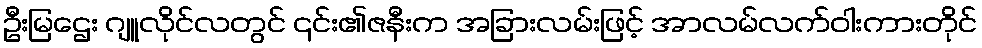
ဦးမြဌေး ဂျူလိုင်လတွင် ၎င်း၏ဇနီးက အခြားလမ်းဖြင့် အာလမ်လက်ဝါးကားတိုင်